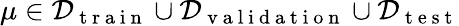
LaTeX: \mu\in\mathcal{D}_{\mathrm{~t~r~a~i~n~}}\cup\mathcal{D}_{\mathrm{~v~a~l~i~d~a~t~i~o~n~}}\cup\mathcal{D}_{\mathrm{~t~e~s~t~}}